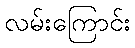
လမ်းကြောင်း